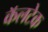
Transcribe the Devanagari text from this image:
कॅलटेक